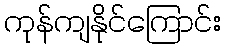
ကုန်ကျနိုင်ကြောင်း